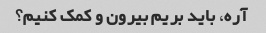
آره، باید بریم بیرون و کمک کنیم؟